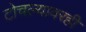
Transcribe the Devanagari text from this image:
टोचल्यावरही